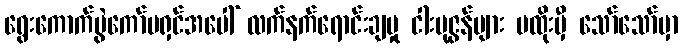
ရွေးကောက်ပွဲကော်မရှင်အပေါ် လက်နက်ရောင်းချမှု ငါးပုဇွန်များ မထိုးမှီ သော်သော်မှာ